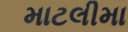
માટલીમા